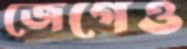
জেগেও